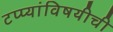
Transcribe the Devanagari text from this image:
टप्प्यांविषयीची